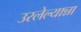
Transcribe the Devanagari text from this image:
उरलेल्यान्ना